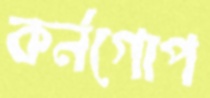
কর্নগোপ